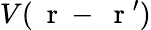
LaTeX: V(\mathrm{~\mathbf~r~}-\mathrm{~\mathbf~r~}^{\prime})